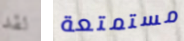
لقد مستمتعة